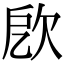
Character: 𣢛